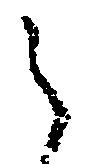
之